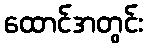
ထောင်အတွင်း